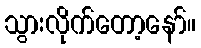
သွားလိုက်တော့နော်။